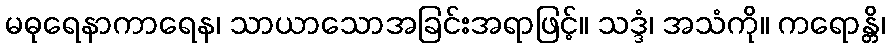
မဓုရေနာကာရေန၊ သာယာသောအခြင်းအရာဖြင့်။ သဒ္ဒံ၊ အသံကို။ ကရောန္တိ၊